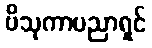
ဗိသုကာပညာရှင်